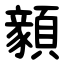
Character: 顡